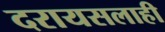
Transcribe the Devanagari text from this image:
दरायसलाही